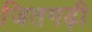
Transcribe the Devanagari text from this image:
जितगढ़ी